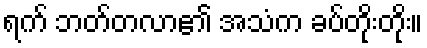
ရက် ဘတ်တလာ၏ အသံက ခပ်တိုးတိုး။